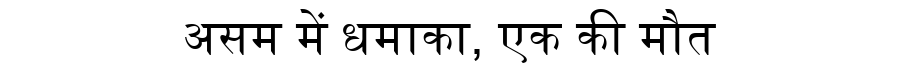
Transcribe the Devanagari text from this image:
असम में धमाका, एक की मौत